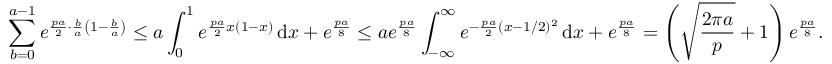
\sum _ { b = 0 } ^ { a - 1 } e ^ { \frac { p a } { 2 } \cdot \frac { b } { a } \left( 1 - \frac { b } { a } \right) } \le a \int _ { 0 } ^ { 1 } e ^ { \frac { p a } { 2 } x ( 1 - x ) } \, \mathrm { d } x + e ^ { \frac { p a } { 8 } } \le a e ^ { \frac { p a } { 8 } } \int _ { - \infty } ^ { \infty } e ^ { - \frac { p a } { 2 } ( x - 1 / 2 ) ^ { 2 } } \, \mathrm { d } x + e ^ { \frac { p a } { 8 } } = \left( \sqrt { \frac { 2 \pi a } { p } } + 1 \right) e ^ { \frac { p a } { 8 } } .